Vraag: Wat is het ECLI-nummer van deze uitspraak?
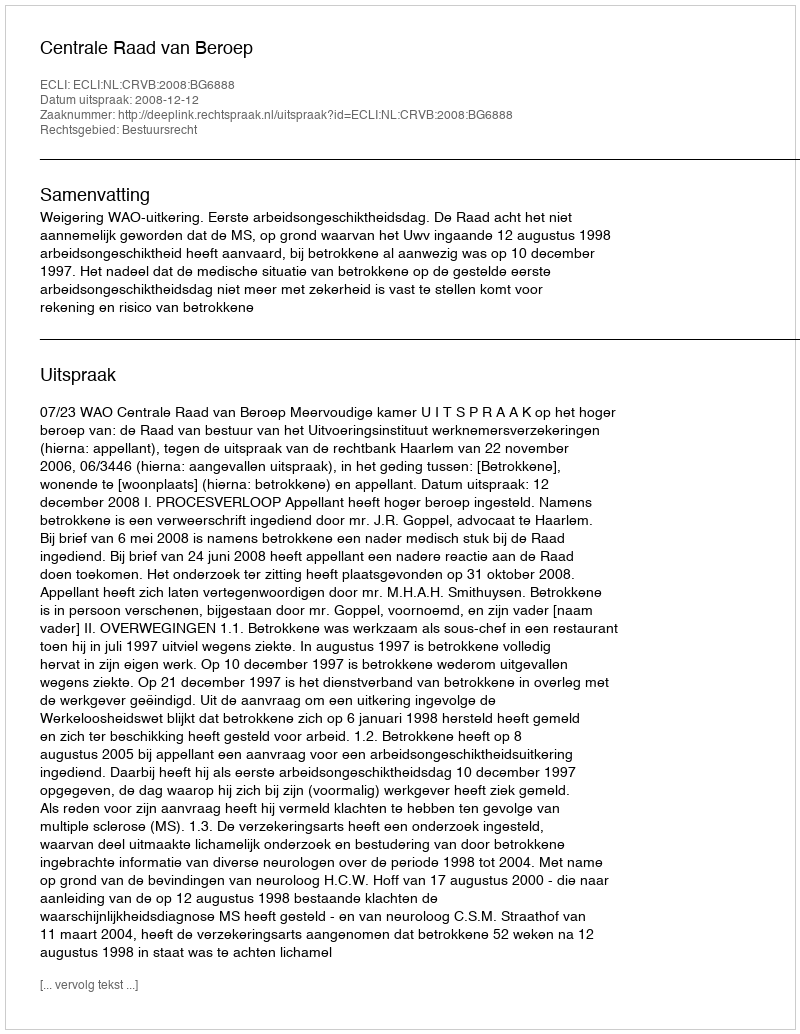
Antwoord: ECLI:NL:CRVB:2008:BG6888